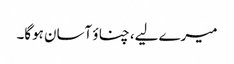
میرے لیے، چناؤ آسان ہوگا۔